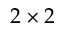
2 \times 2